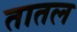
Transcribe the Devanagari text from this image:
तातल